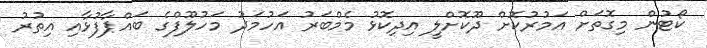
ކޯޓުން މިގޮތަށް އަމުރުކޮށް ދޫކޮށްލީ އިދިކޮޅު މެމްބަރު އަހުމަދު މަހުލޫފްގެ ބައްޕާފުޅާއި އިތުރު